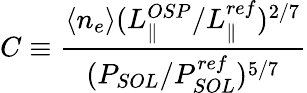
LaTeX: C\equiv\frac{\langle n_{e}\rangle(L_{\parallel}^{OSP}/L_{\parallel}^{ref})^{2/7}}{(P_{SOL}/P_{SOL}^{ref})^{5/7}}